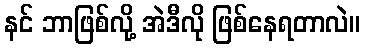
နင် ဘာဖြစ်လို့ အဲဒီလို ဖြစ်နေရတာလဲ။